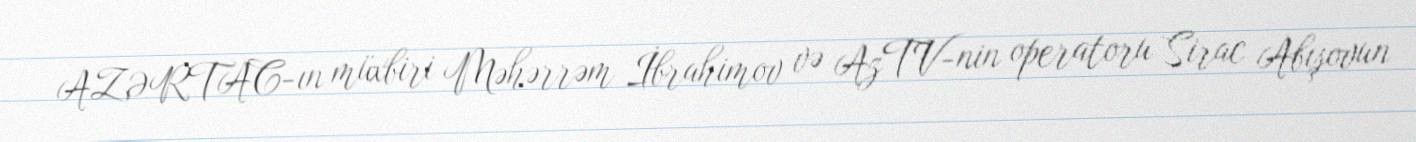
AZƏRTAC-ın müxbiri Məhərrəm İbrahimov və AzTV-nin operatoru Sirac Abışovun